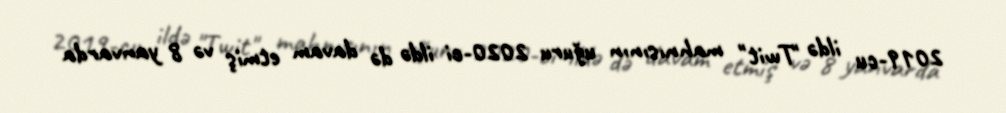
2019-cu ildə "Twit" mahnısının uğuru 2020-ci ildə də davam etmiş və 8 yanvarda